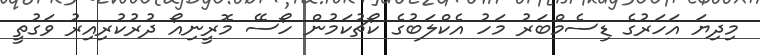
މިދިޔަ އަހަރުގެ ޑިސެމްބަރު މަހު އެކްލަބުގެ ކޯޗުކަމުން ހޯސޭ މޮރީނިއޯ ދުރުކުރިއިރު ވަގުތީ